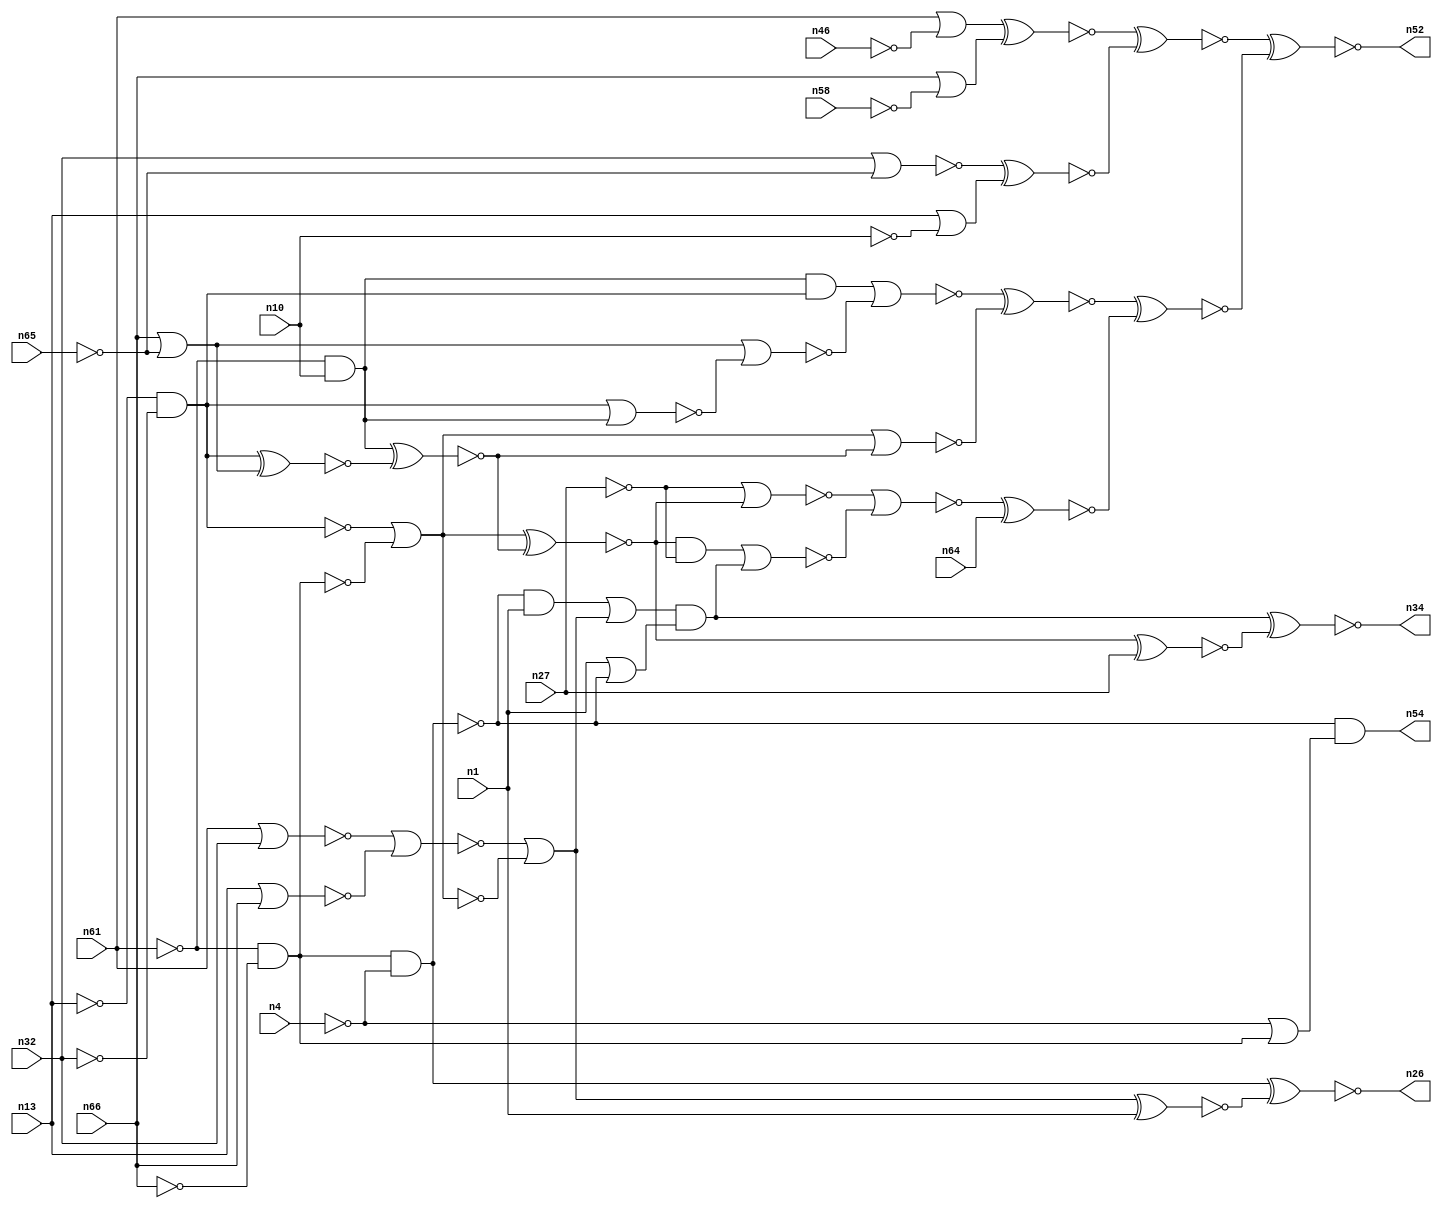
module top( n1 , n4 , n10 , n13 , n26 , n27 , n32 , n34 , n46 , 
n52 , n54 , n58 , n61 , n64 , n65 , n66 );
    input n1 , n4 , n10 , n13 , n27 , n32 , n46 , n58 , n61 , 
n64 , n65 , n66 ;
    output n26 , n34 , n52 , n54 ;
    wire n0 , n2 , n3 , n5 , n6 , n7 , n8 , n9 , n11 , 
n12 , n14 , n15 , n16 , n17 , n18 , n19 , n20 , n21 , n22 , 
n23 , n24 , n25 , n28 , n29 , n30 , n31 , n33 , n35 , n36 , 
n37 , n38 , n39 , n40 , n41 , n42 , n43 , n44 , n45 , n47 , 
n48 , n49 , n50 , n51 , n53 , n55 , n56 , n57 , n59 , n60 , 
n62 , n63 , n67 , n68 , n69 , n70 ;
    not g0 ( n33 , n46 );
    and g1 ( n17 , n8 , n40 );
    xnor g2 ( n23 , n14 , n64 );
    nor g3 ( n47 , n17 , n49 );
    or g4 ( n29 , n61 , n33 );
    nor g5 ( n69 , n19 , n36 );
    xnor g6 ( n34 , n49 , n0 );
    nor g7 ( n18 , n40 , n8 );
    not g8 ( n7 , n58 );
    xnor g9 ( n16 , n20 , n1 );
    not g10 ( n37 , n70 );
    xnor g11 ( n8 , n70 , n44 );
    not g12 ( n53 , n24 );
    not g13 ( n40 , n27 );
    nor g14 ( n14 , n18 , n47 );
    and g15 ( n24 , n41 , n2 );
    nor g16 ( n12 , n48 , n69 );
    xnor g17 ( n35 , n29 , n63 );
    not g18 ( n60 , n55 );
    or g19 ( n63 , n66 , n7 );
    and g20 ( n55 , n67 , n11 );
    or g21 ( n68 , n11 , n67 );
    or g22 ( n22 , n1 , n60 );
    nor g23 ( n25 , n57 , n12 );
    not g24 ( n19 , n53 );
    nor g25 ( n51 , n13 , n66 );
    xnor g26 ( n39 , n25 , n50 );
    not g27 ( n41 , n13 );
    nor g28 ( n50 , n70 , n44 );
    xnor g29 ( n43 , n39 , n23 );
    xnor g30 ( n38 , n24 , n48 );
    or g31 ( n20 , n9 , n37 );
    or g32 ( n70 , n53 , n28 );
    not g33 ( n28 , n67 );
    not g34 ( n11 , n4 );
    not g35 ( n31 , n55 );
    xnor g36 ( n44 , n36 , n38 );
    nor g37 ( n9 , n56 , n51 );
    or g38 ( n15 , n42 , n20 );
    and g39 ( n67 , n62 , n3 );
    or g40 ( n21 , n13 , n30 );
    and g41 ( n49 , n15 , n22 );
    not g42 ( n30 , n10 );
    or g43 ( n48 , n66 , n5 );
    xnor g44 ( n52 , n59 , n43 );
    xnor g45 ( n0 , n8 , n27 );
    xnor g46 ( n45 , n6 , n21 );
    and g47 ( n54 , n60 , n68 );
    and g48 ( n57 , n36 , n19 );
    not g49 ( n5 , n65 );
    not g50 ( n62 , n61 );
    not g51 ( n3 , n66 );
    not g52 ( n2 , n32 );
    nor g53 ( n56 , n61 , n32 );
    xnor g54 ( n59 , n35 , n45 );
    xnor g55 ( n26 , n55 , n16 );
    and g56 ( n36 , n62 , n10 );
    and g57 ( n42 , n31 , n1 );
    nor g58 ( n6 , n32 , n5 );
endmodule